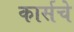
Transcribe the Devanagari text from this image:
कार्सचे